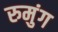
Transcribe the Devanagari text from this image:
रुमुंग